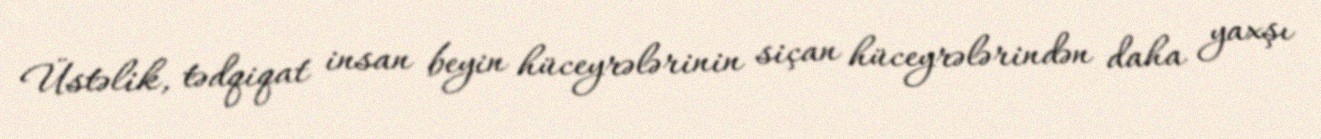
Üstəlik, tədqiqat insan beyin hüceyrələrinin siçan hüceyrələrindən daha yaxşı